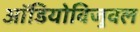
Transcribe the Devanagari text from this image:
ऑडियोविजुवल